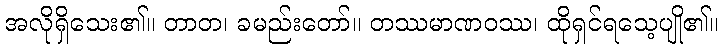
အလိုရှိသေး၏။ တာတ၊ ခမည်းတော်။ တဿမာဏဝဿ၊ ထိုရှင်ရသေ့ပျို၏။